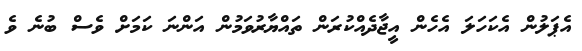
އެޕަލުން އެކަހަލަ އެހެން އީޖާދެއްކުރަން ތައްޔާރުވަމުން އަންނަ ކަމަށް ވެސް ބުނެ ވެ